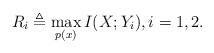
LaTeX: \begin{align*}R_{i} \triangleq \max_{p(x)} I(X; Y_i), i=1, 2.\end{align*}